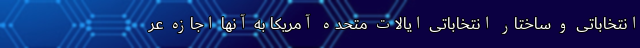
انتخاباتی و ساختار انتخاباتی ایالات متحده آمریکا به آنها اجازه عر